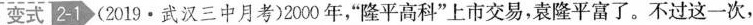
[变式|2-1(2019·武汉三中月考)2000年，”隆平高科”上市交易，袁隆平富了。不过这一次，